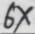
6 x